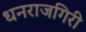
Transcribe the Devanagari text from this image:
धनराजगिरी